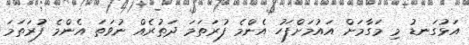
އަޅުގަނޑު މި މަގާމަށް އައުމަށްފަހު އެންމެ ފުރަތަމަ ދަތުރެއް ނުވަތަ އެންމެ ފުރަތަމަ